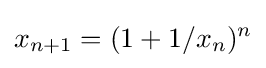
x_{n+1}=(1+1/x_{n})^{n}